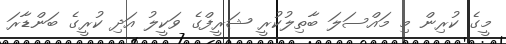
މީގެ ކުރިން މި މައްސަލަ ބާތިލުކުރީ ޝަރީފްގެ ވަކީލު އަދި ކުރީގެ ބަންޑާރަ